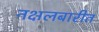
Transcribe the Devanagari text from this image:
नक्षलबारीत